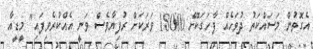
އެގޮތުން މަސައްކަތު ދުވަހެއް ފާހަގަކޮށް 18000 ވަރަކަށް ރުފިޔާވެސް ވަނީ އެއްކުރެވިފައި" މީޑީއާ